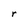
Character: r